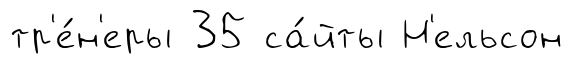
тр'е́н'еры 35 са́йты Н'ельсон